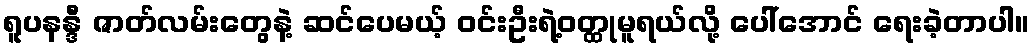
ရူပနန္ဒီ ဇာတ်လမ်းတွေနဲ့ ဆင်ပေမယ့် ဝင်းဦးရဲ့ဝတ္ထုမူရယ်လို့ ပေါ်အောင် ရေးခဲ့တာပါ။